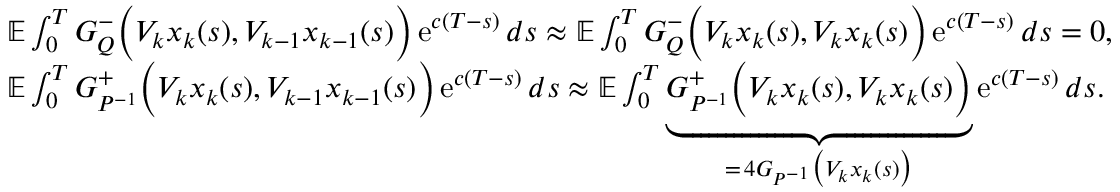
\begin{array} { r l } & { \mathbb E \int _ { 0 } ^ { T } G _ { Q } ^ { - } \Big ( V _ { k } x _ { k } ( s ) , V _ { k - 1 } x _ { k - 1 } ( s ) \Big ) \operatorname { e } ^ { c ( T - s ) } d s \approx \mathbb E \int _ { 0 } ^ { T } G _ { Q } ^ { - } \Big ( V _ { k } x _ { k } ( s ) , V _ { k } x _ { k } ( s ) \Big ) \operatorname { e } ^ { c ( T - s ) } d s = 0 , } \\ & { \mathbb E \int _ { 0 } ^ { T } G _ { P ^ { - 1 } } ^ { + } \Big ( V _ { k } x _ { k } ( s ) , V _ { k - 1 } x _ { k - 1 } ( s ) \Big ) \operatorname { e } ^ { c ( T - s ) } d s \approx \mathbb E \int _ { 0 } ^ { T } \underbrace { G _ { P ^ { - 1 } } ^ { + } \Big ( V _ { k } x _ { k } ( s ) , V _ { k } x _ { k } ( s ) \Big ) } _ { = \, 4 G _ { P ^ { - 1 } } \big ( V _ { k } x _ { k } ( s ) \big ) } \operatorname { e } ^ { c ( T - s ) } d s . } \end{array}